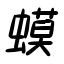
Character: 蟆